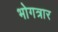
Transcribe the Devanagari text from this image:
भोगत्रार